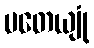
ပတေယျုံ